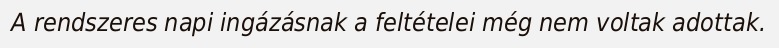
A rendszeres napi ingázásnak a feltételei még nem voltak adottak.